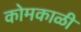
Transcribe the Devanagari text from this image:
कोमकाळी